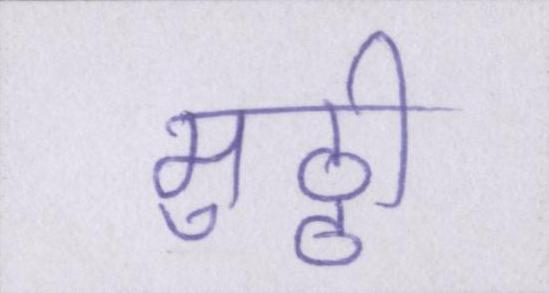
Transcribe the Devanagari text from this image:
मुठ्ठी